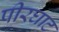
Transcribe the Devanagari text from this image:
पीरघाट